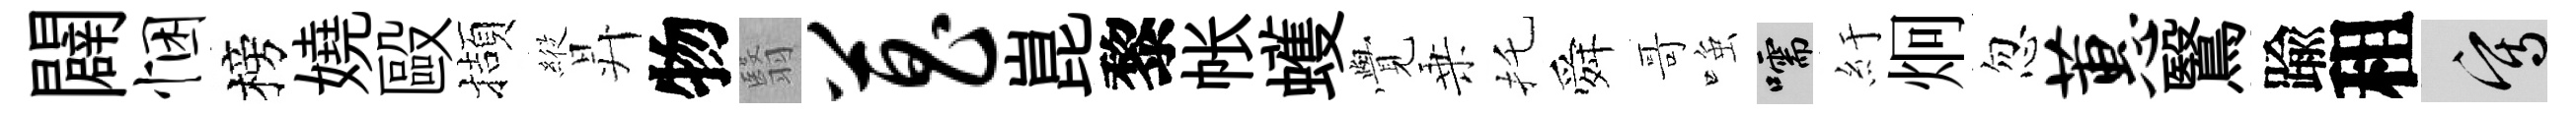
闢悃榜嬈毆擷𦂵昇物翳菖崑黎帐蠖𮗜乗托舜哥𫪻嚅紆炯忽蕙鷖踰租寫